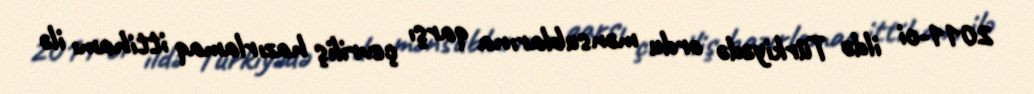
2011-ci ildə Türkiyədə ordu mənsublarına qarşı çevriliş hazırlamaq ittihamı ilə